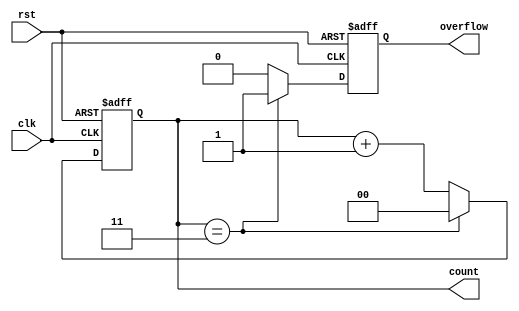
module divide_by_n_counter #(
    parameter N = 4 // Parameter to define the divide value, default is 4
)(
    input wire clk,       // Clock signal
    input wire rst,       // Asynchronous reset signal
    output reg [clog2(N)-1:0] count, // Current count value
    output reg overflow   // Overflow signal
);

    // Function to calculate the logarithm base 2
    function integer clog2;
        input integer value;
        begin
            clog2 = 0;
            while (2**clog2 < value) begin
                clog2 = clog2 + 1;
            end
        end
    endfunction

    // Sequential logic for counting
    always @(posedge clk or posedge rst) begin
        if (rst) begin
            count <= 0;       // Reset count to zero
            overflow <= 0;    // Clear overflow signal
        end else begin
            if (count == (N - 1)) begin
                count <= 0;   // Reset count when it reaches N
                overflow <= 1; // Assert overflow signal
            end else begin
                count <= count + 1; // Increment count
                overflow <= 0; // Deassert overflow signal
            end
        end
    end

endmodule